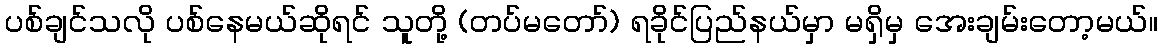
ပစ်ချင်သလို ပစ်နေမယ်ဆိုရင် သူတို့ (တပ်မတော်) ရခိုင်ပြည်နယ်မှာ မရှိမှ အေးချမ်းတော့မယ်။